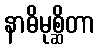
နာဓိမုစ္ဆိတာ